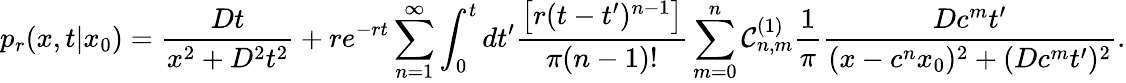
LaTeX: p_{r}(x,t|x_{0})=\frac{Dt}{x^{2}+D^{2}t^{2}}+re^{-rt}\sum_{n=1}^{\infty}\int_{0}^{t}dt^{\prime}\frac{\left[r(t-t^{\prime})^{n-1}\right]}{\pi(n-1)!}\sum_{m=0}^{n}\mathcal{C}_{n,m}^{(1)}\frac{1}{\pi}\frac{Dc^{m}t^{\prime}}{(x-c^{n}x_{0})^{2}+(Dc^{m}t^{\prime})^{2}}.